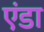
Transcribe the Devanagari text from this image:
एंडा